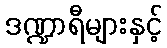
ဒဏ္ဍာရီများနှင့်